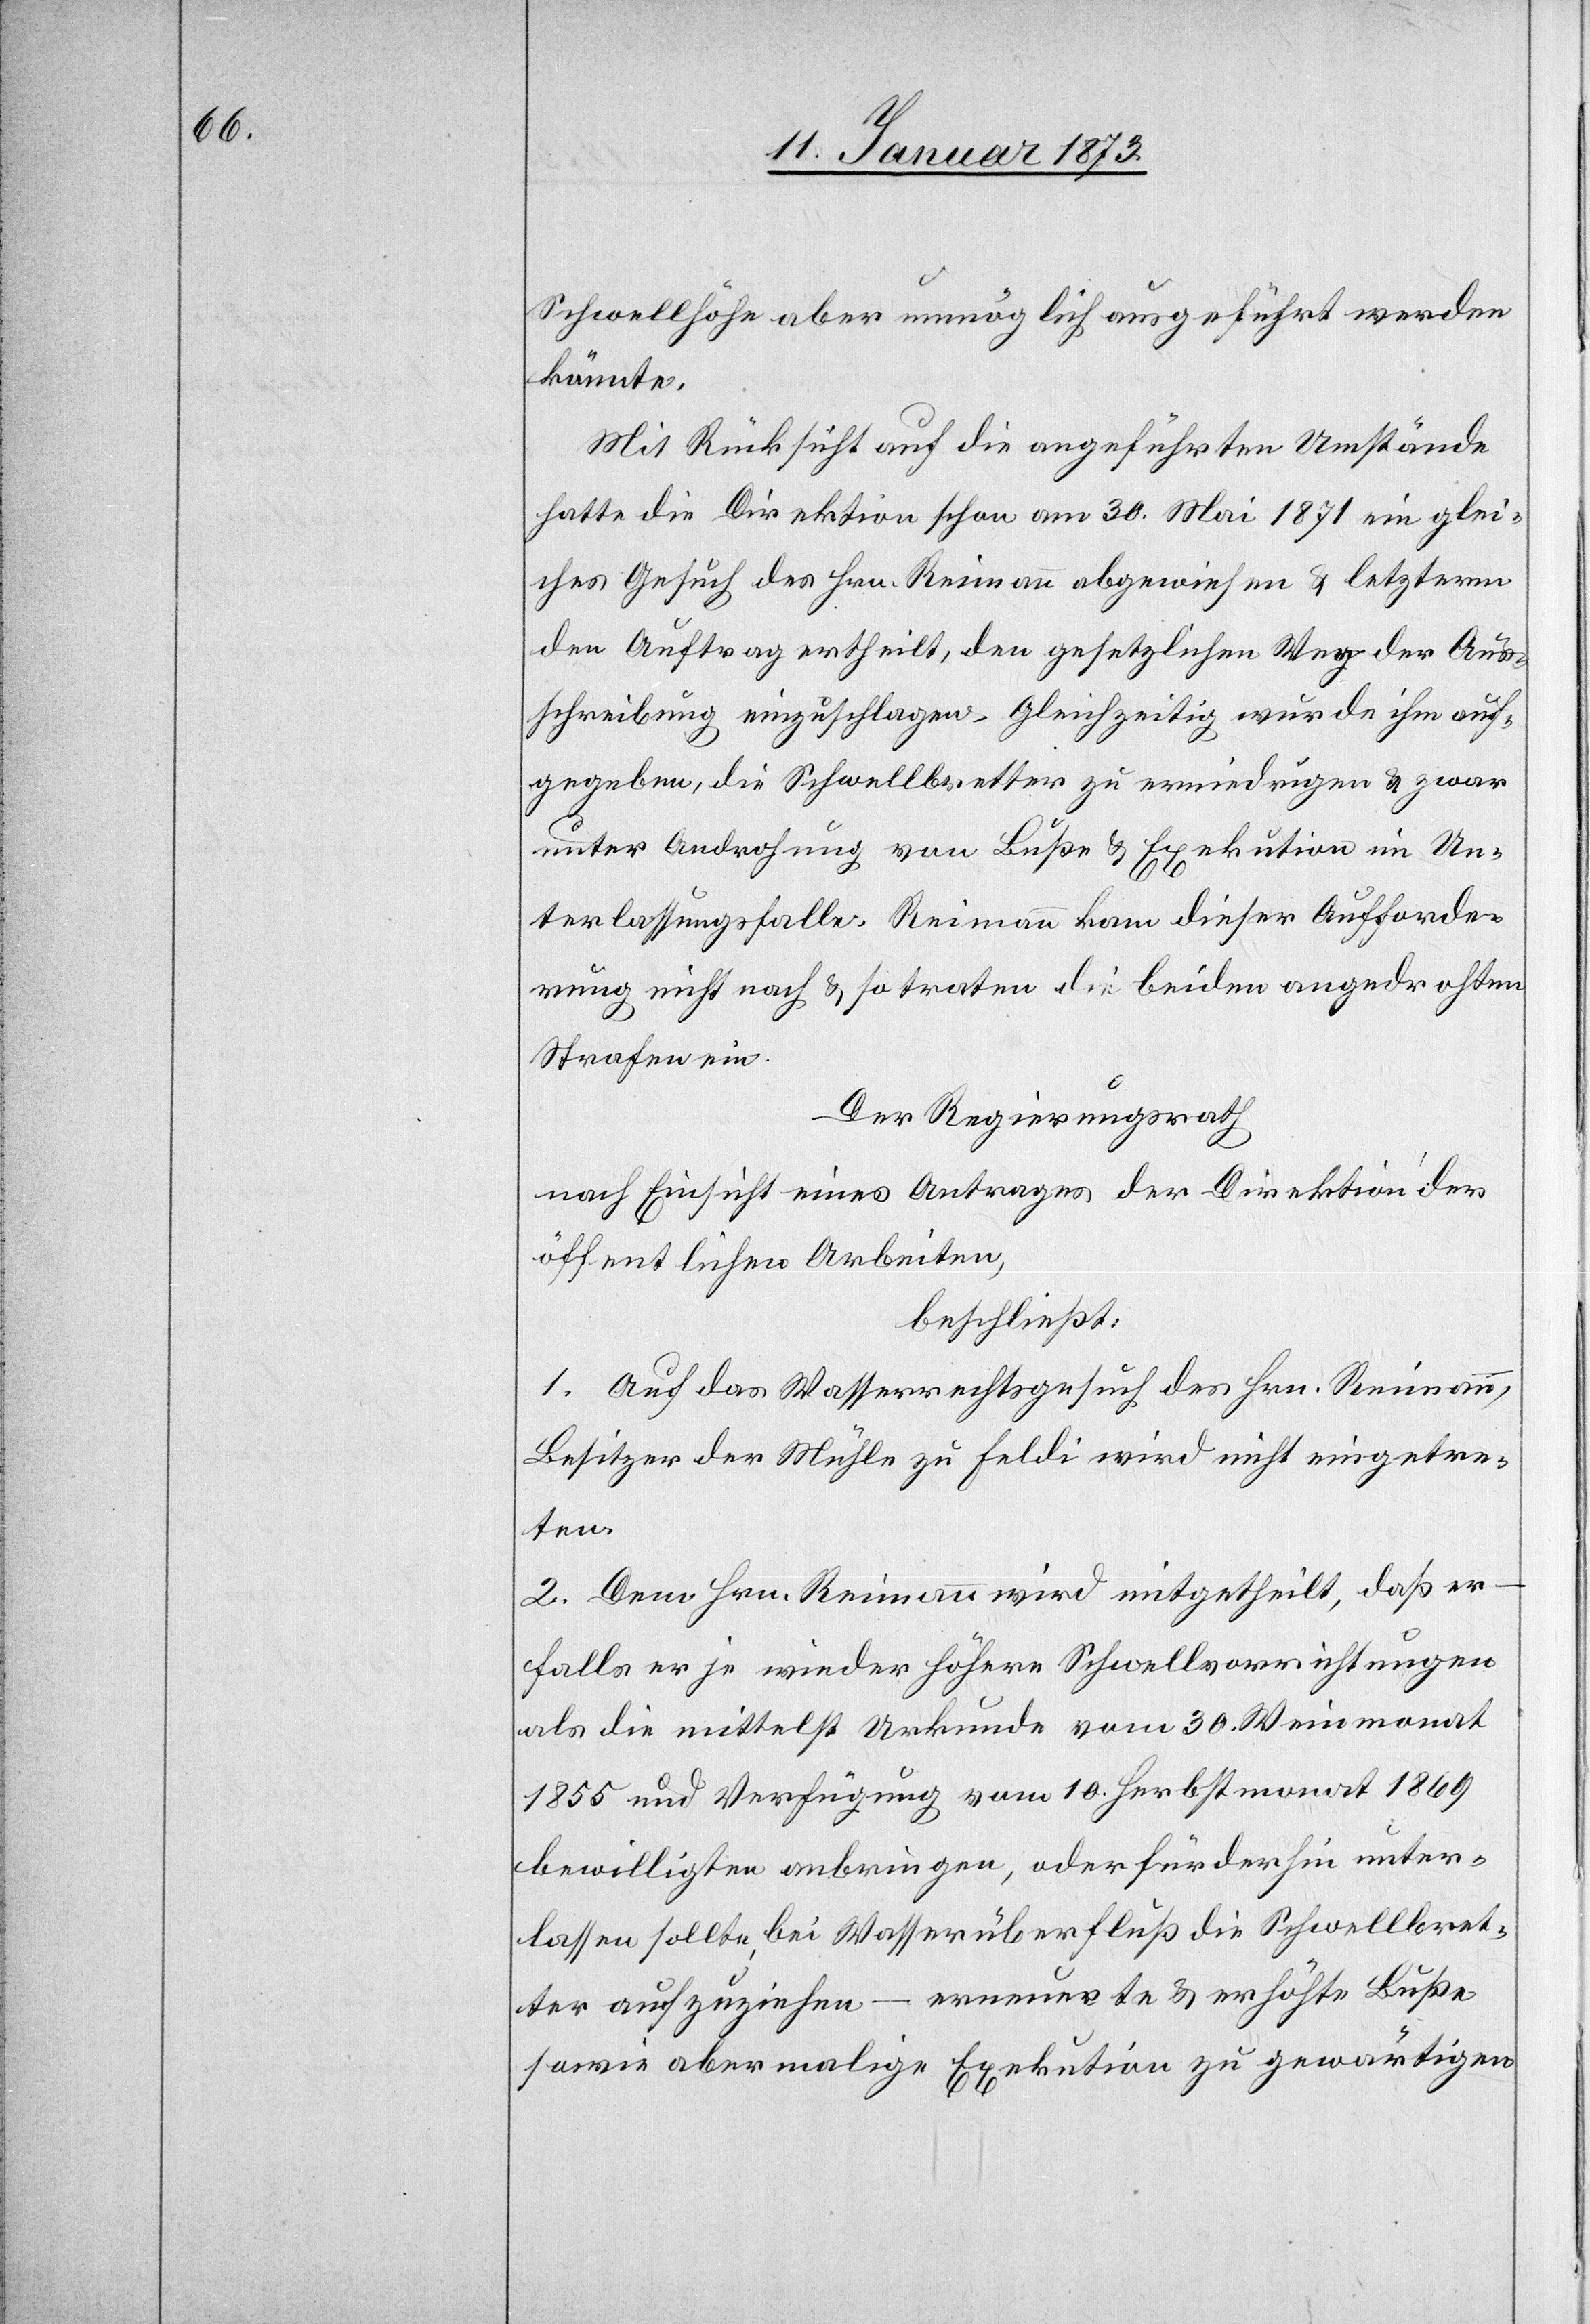
Schwellhöhe aber unmöglich ausgeführt werden
könnte.
Mit Rücksicht auf die angeführten Umstände
hatte die Direktion schon am 30. Mai 1871 ein glei¬
ches Gesuch des Hrn. Reimann abgewiesen & letzterm
den Auftrag ertheilt, den gesetzlichen Weg der Aus¬
schreibung einzuschlagen. Gleichzeitig wurde ihm auf¬
gegeben, die Schwellbretter zu erniedrigen & zwar
unter Androhung von Buße & Exekution im Un¬
terlassungsfalle. Reimann kam dieser Aufforde¬
rung nicht nach & so traten die beiden angedrohten
Strafen ein.
Der Regierungsrath
nach Einsicht eines Antrages der Direktion der
öffentlichen Arbeiten,
beschließt:
1. Auf das Wasserrechtsgesuch des Hrn. Reimann,
Besitzer der Mühle zu Feldi wird nicht eingetre¬
ten.
2. Dem Hrn. Reimann wird mitgetheilt, daß er
falls er je wieder höhere Schwellvorrichtungen
als die mittelst Urkunde vom 30. Weinmonat
1855 und Verfügung vom 10. Herbstmonat 1869
bewilligten anbringen, oder fürderhin unter¬
lassen sollte bei Wasserüberfluß die Schwellbret¬
ter aufzuziehen – erneuerte & erhöhte Buße
sowie abermalige Exekution zu gewärtigen